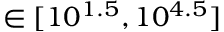
\in [ 1 0 ^ { 1 . 5 } , 1 0 ^ { 4 . 5 } ]